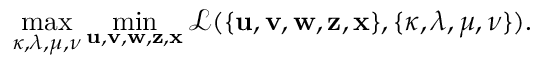
\operatorname* { m a x } _ { \boldsymbol { \kappa , \lambda , \mu , \nu } } \operatorname* { m i n } _ { \mathbf { u , v , w , z , x } } \mathcal { L } ( \{ \mathbf { u , v , w , z , x } \} , \{ \boldsymbol { \kappa , \lambda , \mu , \nu } \} ) .